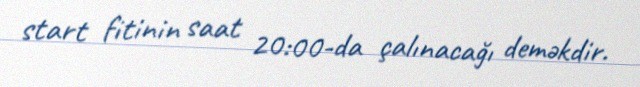
start fitinin saat 20:00-da çalınacağı deməkdir.